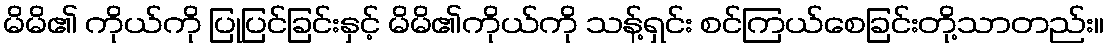
မိမိ၏ ကိုယ်ကို ပြုပြင်ခြင်းနှင့် မိမိ၏ကိုယ်ကို သန့်ရှင်း စင်ကြယ်စေခြင်းတို့သာတည်း။